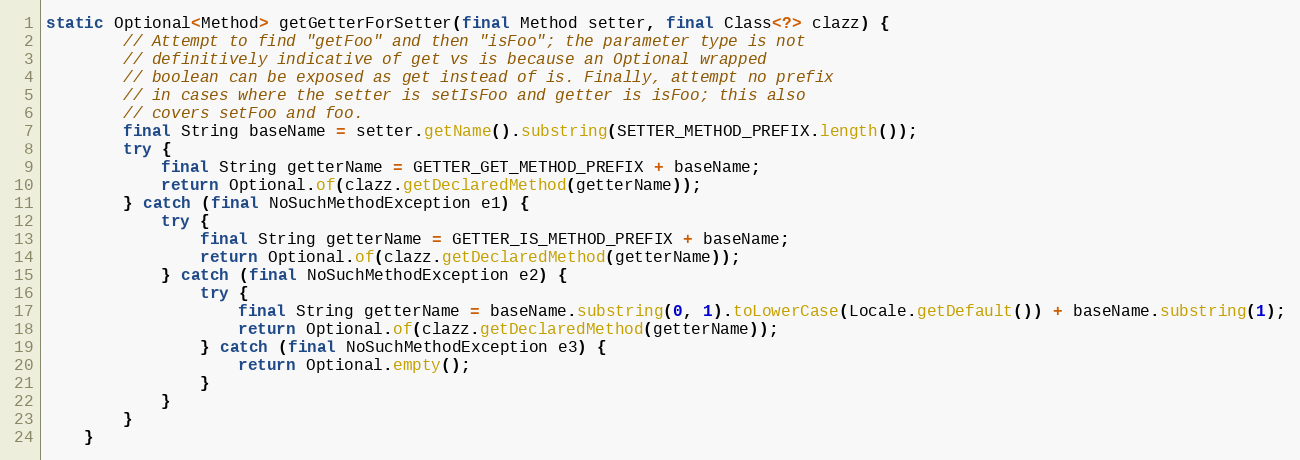
Language: Java
static Optional<Method> getGetterForSetter(final Method setter, final Class<?> clazz) {
        // Attempt to find "getFoo" and then "isFoo"; the parameter type is not
        // definitively indicative of get vs is because an Optional wrapped
        // boolean can be exposed as get instead of is. Finally, attempt no prefix
        // in cases where the setter is setIsFoo and getter is isFoo; this also
        // covers setFoo and foo.
        final String baseName = setter.getName().substring(SETTER_METHOD_PREFIX.length());
        try {
            final String getterName = GETTER_GET_METHOD_PREFIX + baseName;
            return Optional.of(clazz.getDeclaredMethod(getterName));
        } catch (final NoSuchMethodException e1) {
            try {
                final String getterName = GETTER_IS_METHOD_PREFIX + baseName;
                return Optional.of(clazz.getDeclaredMethod(getterName));
            } catch (final NoSuchMethodException e2) {
                try {
                    final String getterName = baseName.substring(0, 1).toLowerCase(Locale.getDefault()) + baseName.substring(1);
                    return Optional.of(clazz.getDeclaredMethod(getterName));
                } catch (final NoSuchMethodException e3) {
                    return Optional.empty();
                }
            }
        }
    }